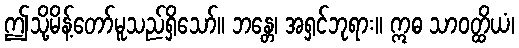
ဤသို့မိန့်တော်မူသည်ရှိသော်။ ဘန္တေ၊ အရှင်ဘုရား။ ဣဓ သာဝတ္ထိယံ၊